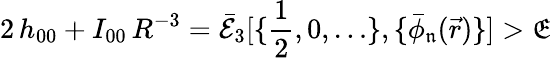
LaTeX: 2\, h_{00}+I_{00}\, R^{-3}=\mathcal{\bar{E}}_{3}[\{ \frac{1}{2},0,\dots\} ,\{ \bar{\phi}_{\mathfrak{n}}(\vec{r})\} ]>\mathfrak{E}